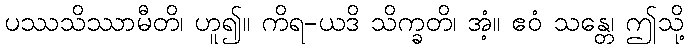
ပဿသိဿာမီတိ၊ ဟူ၍။ ကိရ-ယဒိ သိက္ခတိ၊ အံ့။ ဧဝံ သန္တေ၊ ဤသို့